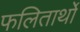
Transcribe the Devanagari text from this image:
फलितार्थों